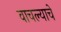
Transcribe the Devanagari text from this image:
वाचल्याचे